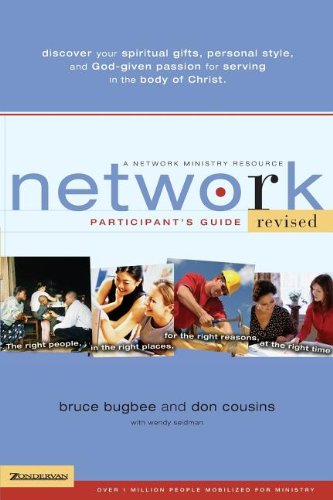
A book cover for Network Participant's Guide: The Right People, in the Right Places, for the Right Reasons, at the Right Time; Bruce L. Bugbee; Christian Books & Bibles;